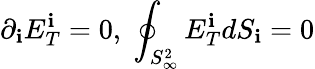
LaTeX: \partial_{\mathbf{i}}E_{T}^{\mathbf{i}}=0,\; \oint_{S_{\infty}^{2}}E_{T}^{\mathbf{i}}dS_{\mathbf{i}}=0